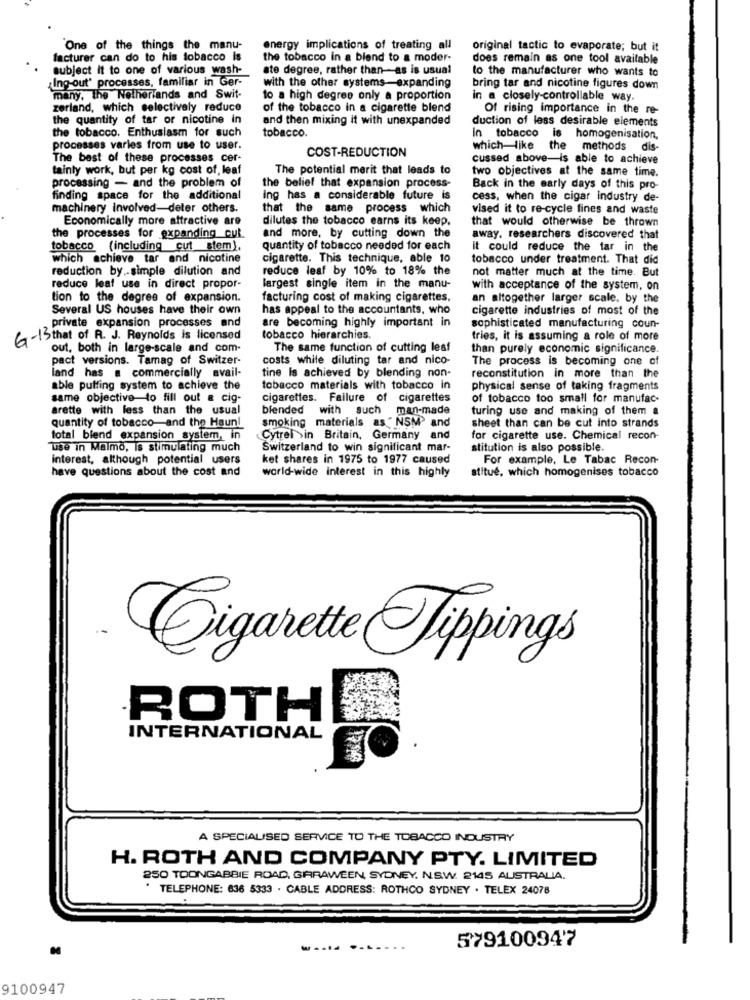
One of the things the manu-
energy implications of treating all
original tactic to evaporate; but it
facturer can do to his tobacco is
the tobacco in a blend to a moder-
does remain as one tool available
subject it to one of various wash-
ate degree, rather than-as is usual
to the manufacturer who wants to
Ing-out' processes, familiar in Ger-
with the other systems-expanding
bring tar and nicotine figures down
many, the Netherlands and Swit-
to a high degree only a proportion
In a closely-controllable way.
zerland, which selectively reduce
of the tobacco in a cigarette blend
Of rising importance in the re-
the quantity of tar or nicotine In
and then mixing it with unexpanded
duction of less desirable elements
tobacco.
the tobacco. Enthusiasm for such
In tobacco is homogenisation,
processes varies from use to user.
which-like the methods dis-
The best of these processes cer-
COST-REDUCTION
cussed above-is able to achieve
tainly work, but per kg cost of, leaf
The potential merit that leads to
two objectives at the same time.
processing - and the problem of
the belief that expansion process-
Back in the early days of this pro-
finding space for the additional
ing has a considerable future is
cess, when the cigar industry de-
machinery involved-deter others.
that the same process which
vised it to re-cycle fines and waste
Economically more attractive are
dilutes the tobacco earns its keep.
that would otherwise be thrown
and more, by cutting down the
the processes for expanding cut
away. researchers discovered that
tobacco (including cut stem),
quantity of tobacco needed for each
it could reduce the tar in the
which achieve tar and nicotine
cigarette. This technique, able 10
tobacco under treatment. That did
reduction by .- simple dilution and
reduce leaf by 10% to 18% the
not matter much at the time. But
reduce leaf use in direct propor-
largest single item in the manu-
with acceptance of the system, on
tion to the degree of expansion.
facturing cost of making cigarettes,
an altogether larger scale. by the
Several US houses have their own
has appeal to the accountants, who
cigarette industries of most of the
are becoming highly important in
private expansion processes and
sophisticated manufacturing coun-
6-13 that of R. J. Reynolds is licensed
tobacco hierarchies.
fries, it is assuming a role of more
out, both in large-scale and com
The same function of cutting leaf
than purely economic significance.
pact versions. Tamag of Switzer-
costs while diluting tar and nico-
The process is becoming one of
land has a commercially avail-
tine Is achieved by blending non-
reconstitution in more than the
able puffing system to achieve the
tobacco materials with tobacco in
physical sense of taking fragments
same objective-to fill out a cig-
cigarettes. Failure of cigarettes
of tobacco too small for manufac-
arette with less than the usual
blended with such man-made
turing use and making of them a
smoking materials as ' NSM) and
sheet than can be cut into strands
quantity of tobacco-and the Haun!
total blend expansion system, in
Cytrel in Britain, Germany and
for cigarette use. Chemical recon-
Use in Malmo, is stimulating much
Switzerland to win significant mar-
stitution is also possible.
interest, although potential users
ket shares in 1975 to 1977 caused
For example, Le Tabac Recon-
have questions about the cost and
world-wide interest in this highly
stitue, which homogenises tobacco
Cigarette Tippings
ROTH
INTERNATIONAL
A SPECIALISED SERVICE TO THE TOBACCO INDUSTRY
H. ROTH AND COMPANY PTY. LIMITED
250 TOONGABBIE ROAD, GARAWEEN, SYDNEY. N.S.W. 2145 AUSTRALIA.
TELEPHONE: 636 5333 . CABLE ADDRESS: ROTHCO SYDNEY . TELEX 24078
579100947
9100947